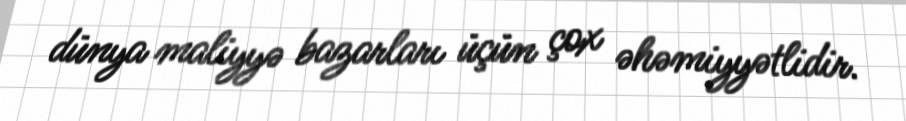
dünya maliyyə bazarları üçün çox əhəmiyyətlidir.